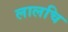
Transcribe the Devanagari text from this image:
लालचि